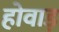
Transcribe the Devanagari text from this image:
होवाड़